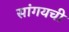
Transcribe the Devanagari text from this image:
सांगयची